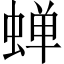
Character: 蝉